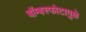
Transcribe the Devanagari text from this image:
बॉम्बस्फोटामुळे